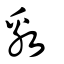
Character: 敫